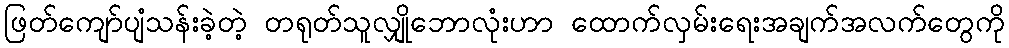
ဖြတ်ကျော်ပျံသန်းခဲ့တဲ့ တရုတ်သူလျှိုဘောလုံးဟာ ထောက်လှမ်းရေးအချက်အလက်တွေကို